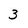
Character: 3